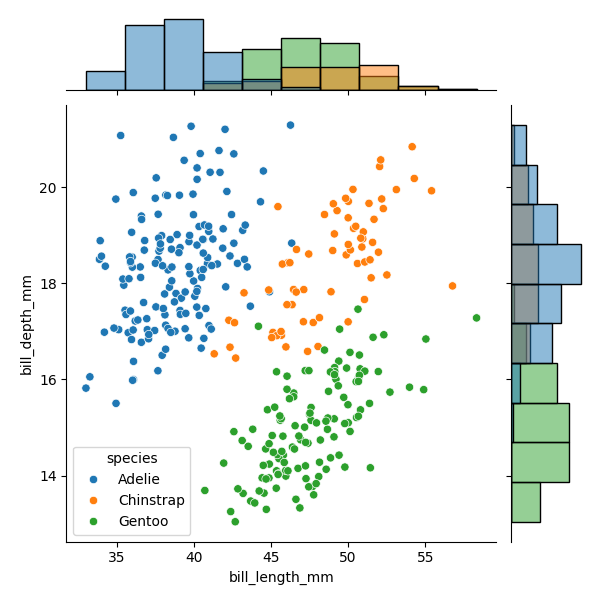
python, seaborn, JointGrid, scatterplot, histplot, hue